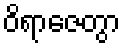
ဝိရာဇေတွာ